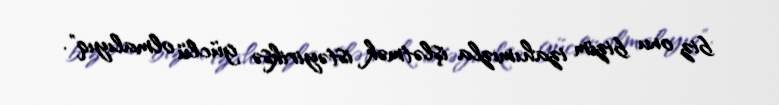
biz onu bizim izahımızla işlətmək istəyiriksə güclü olmalıyıq".